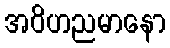
အဝိဟညမာနော